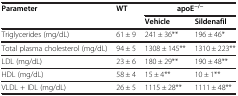
| <ROWSPAN=2> Parameter | <ROWSPAN=2> WT | apoE−/− |  |
 | Vehicle | Sildenafil |
 | --- | --- | --- | --- |
 | Triglycerides (mg/dL) | 61 ± 9 | 241 ± 36** | 196 ± 46* |
 | Total plasma cholesterol (mg/dL) | 94 ± 5 | 1308 ± 145** | 1310 ± 223** |
 | LDL (mg/dL) | 23 ± 6 | 180 ± 29** | 190 ± 48** |
 | HDL (mg/dL) | 58 ± 4 | 15 ± 4** | 10 ± 1** |
 | VLDL + IDL (mg/dL) | 26 ± 5 | 1115 ± 28** | 1111 ± 48** |